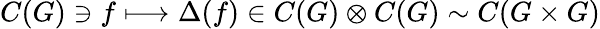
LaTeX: C(G)\ni f\longmapsto\Delta(f)\in C(G)\otimes C(G)\sim C(G\times G)